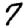
Digit: 7